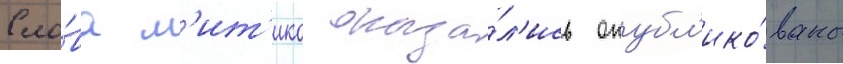
Сло́ва м'ит'ико оказа́л'ись опубл'ико́ваны